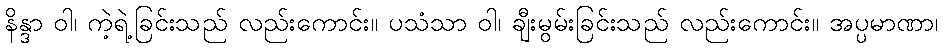
နိန္ဒာ ဝါ၊ ကဲ့ရဲ့ခြင်းသည် လည်းကောင်း။ ပသံသာ ဝါ၊ ချီးမွမ်းခြင်းသည် လည်းကောင်း။ အပ္ပမာဏာ၊